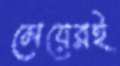
মেয়েরই